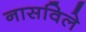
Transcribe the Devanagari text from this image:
नासविले